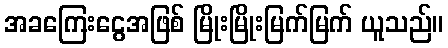
အခကြေးငွေအဖြစ် မြိုးမြိုးမြက်မြက် ယူသည်။